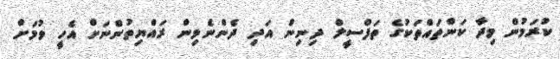
ކުރަމުން މިދާ ކަންތައްތަކުގެ ތަފްސީލް ދިނިން އަދި ދެންނެވިން ރައްޔިތުންނަށް އެހީ ވުމަށް